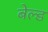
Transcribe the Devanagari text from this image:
बेल्ड